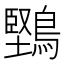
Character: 𪅤